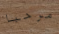
مرحبا